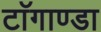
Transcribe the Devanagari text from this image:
टाॅगाण्डा